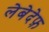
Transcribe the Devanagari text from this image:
लेबेदेफ़